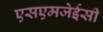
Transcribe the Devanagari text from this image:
एसएमजेईसी